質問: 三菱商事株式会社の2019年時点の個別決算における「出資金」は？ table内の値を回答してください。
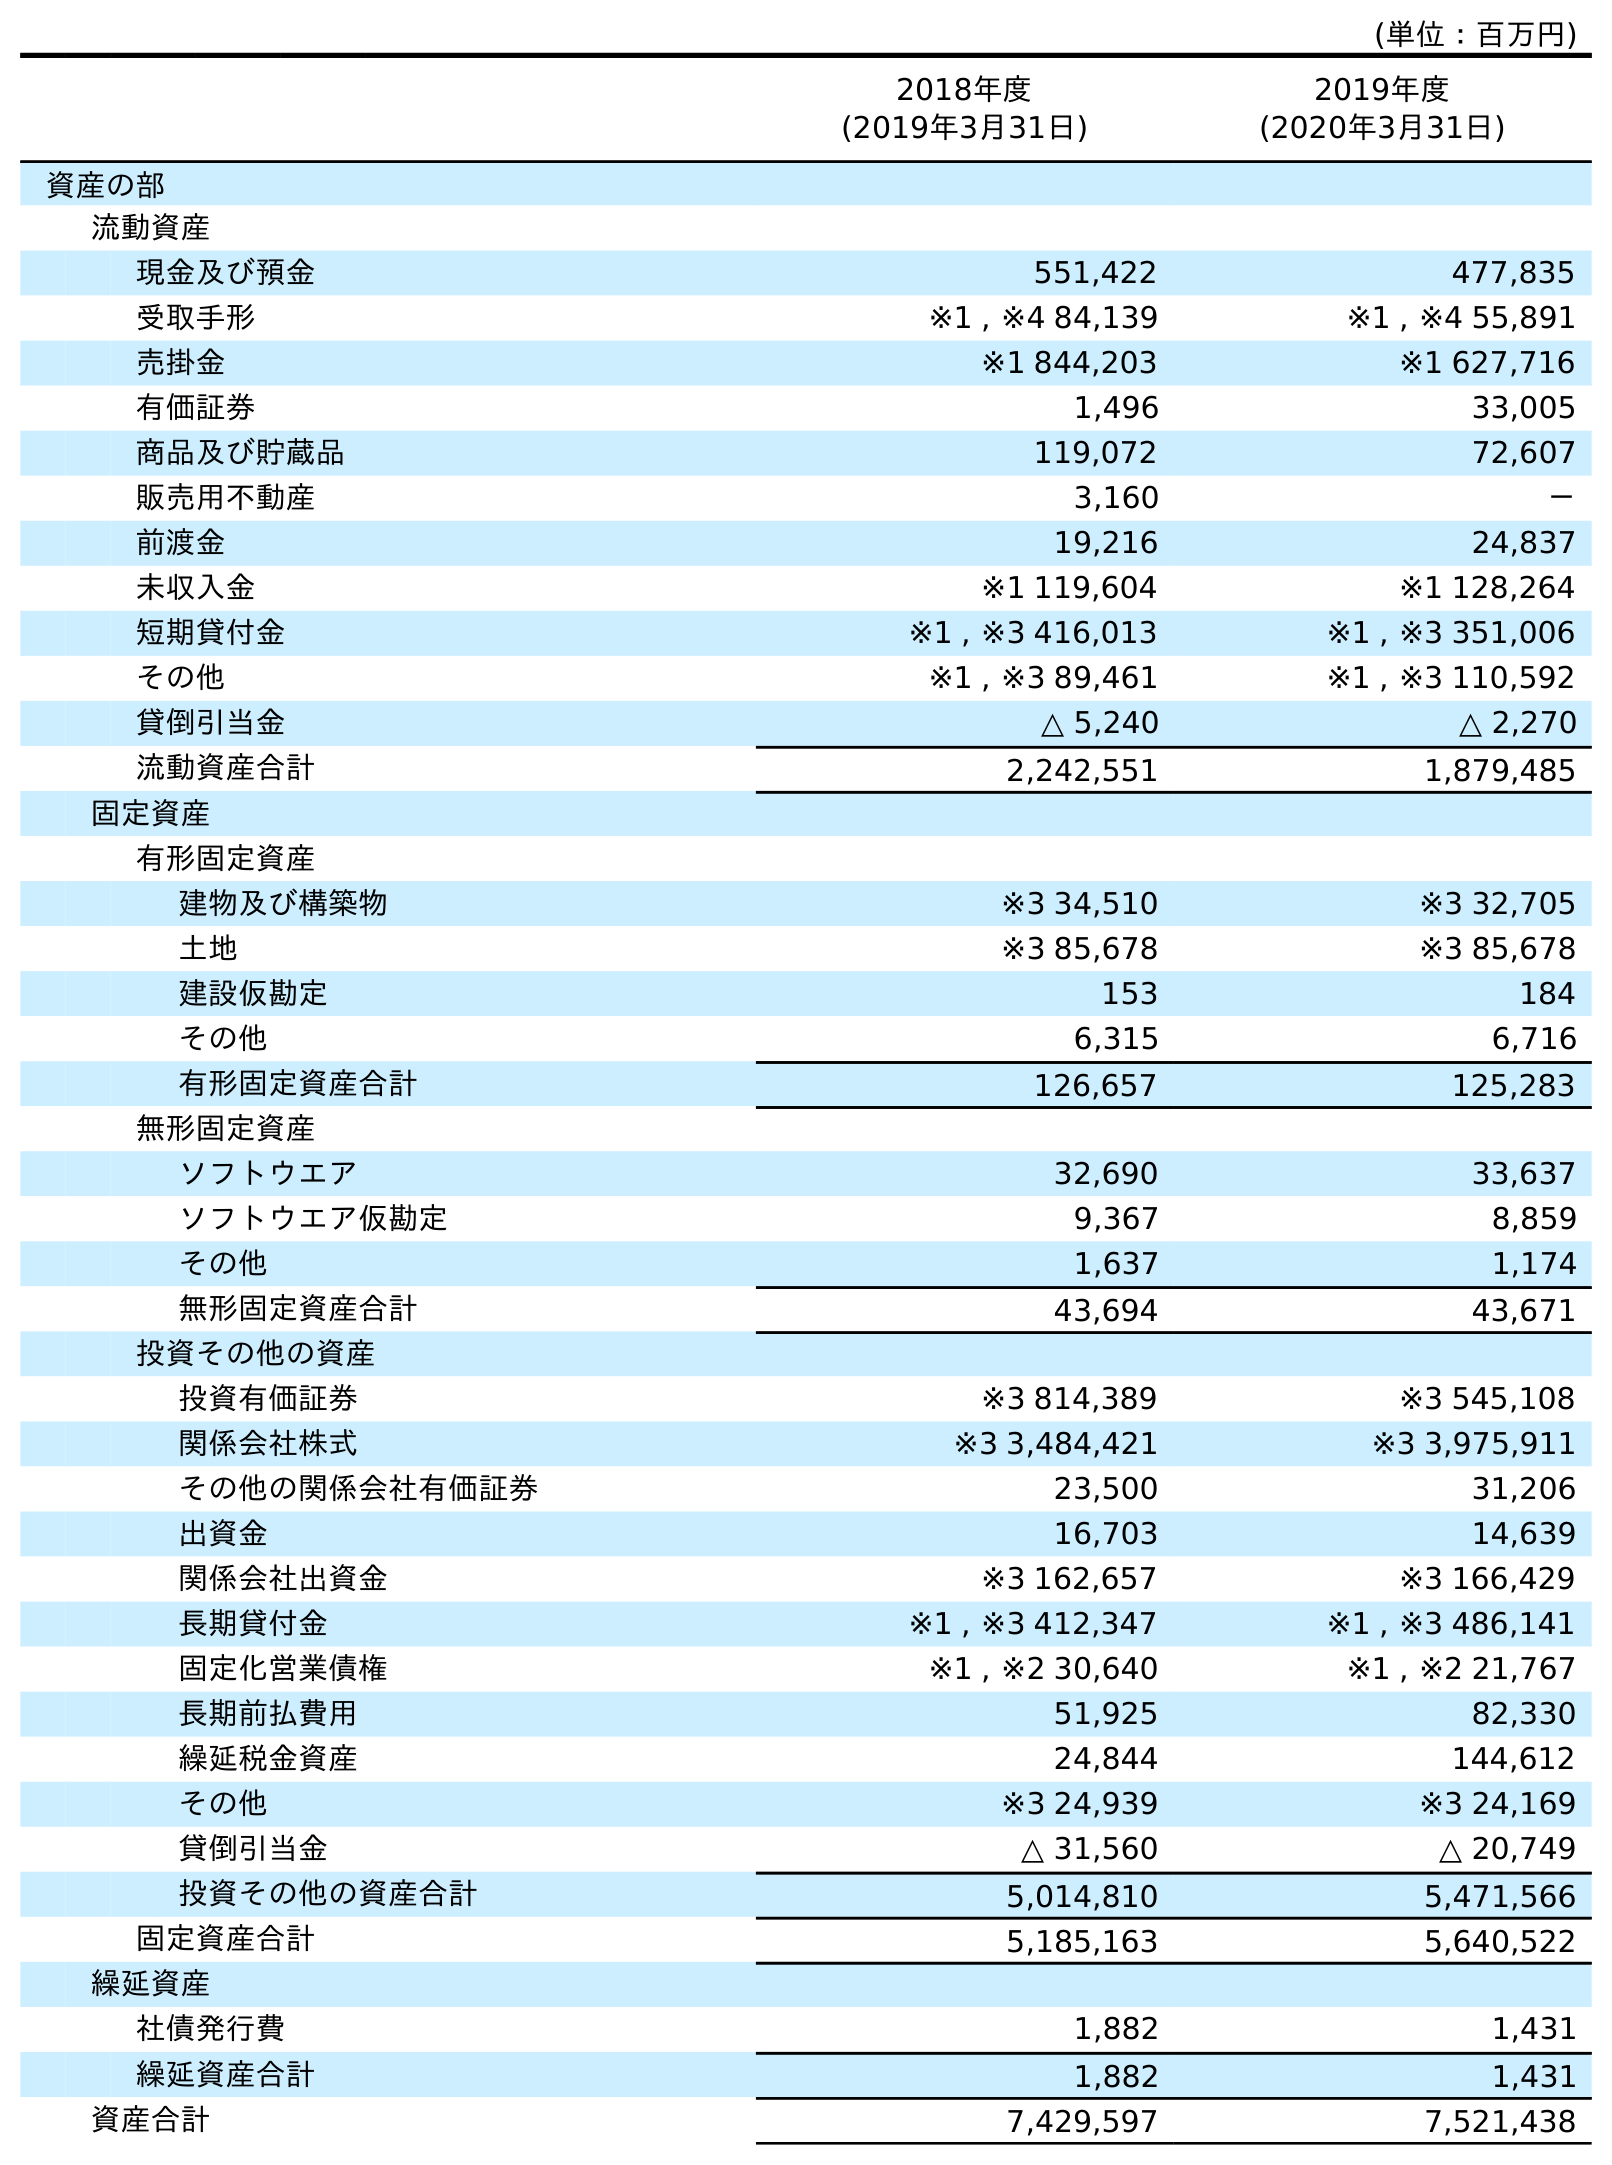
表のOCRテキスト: (単位：百万円) 2018年度 (2019年3月31日) 2019年度 (2020年3月31日) 資産の部 流動資産 現金及び預金 551,422 477,835 受取手形 ※1 , ※4 84,139 ※1 , ※4 55,891 売掛金 ※1 844,203 ※1 627,716 有価証券 1,496 33,005 商品及び貯蔵品 119,072 72,607 販売用不動産 3,160 － 前渡金 19,216 24,837 未収入金 ※1 119,604 ※1 128,264 短期貸付金 ※1 , ※3 416,013 ※1 , ※3 351,006 その他 ※1 , ※3 89,461 ※1 , ※3 110,592 貸倒引当金 △ 5,240 △ 2,270 流動資産合計 2,242,551 1,879,485 固定資産 有形固定資産 建物及び構築物 ※3 34,510 ※3 32,705 土地 ※3 85,678 ※3 85,678 建設仮勘定 153 184 その他 6,315 6,716 有形固定資産合計 126,657 125,283 無形固定資産 ソフトウエア 32,690 33,637 ソフトウエア仮勘定 9,367 8,859 その他 1,637 1,174 無形固定資産合計 43,694 43,671 投資その他の資産 投資有価証券 ※3 814,389 ※3 545,108 関係会社株式 ※3 3,484,421 ※3 3,975,911 その他の関係会社有価証券 23,500 31,206 出資金 16,703 14,639 関係会社出資金 ※3 162,657 ※3 166,429 長期貸付金 ※1 , ※3 412,347 ※1 , ※3 486,141 固定化営業債権 ※1 , ※2 30,640 ※1 , ※2 21,767 長期前払費用 51,925 82,330 繰延税金資産 24,844 144,612 その他 ※3 24,939 ※3 24,169 貸倒引当金 △ 31,560 △ 20,749 投資その他の資産合計 5,014,810 5,471,566 固定資産合計 5,185,163 5,640,522 繰延資産 社債発行費 1,882 1,431 繰延資産合計 1,882 1,431 資産合計 7,429,597 7,521,438
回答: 16,703